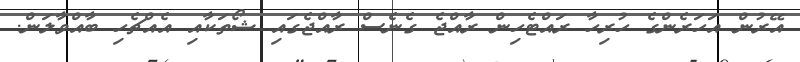
އޭރުން އަހަރެންގެ ހުރިހާ ރައްޓެހިން ރާއްޖެ ގެނެސް ރާއްޖެގައި ޝޯތަކާއި އެއްޗެހި ބާއްވާލަން.